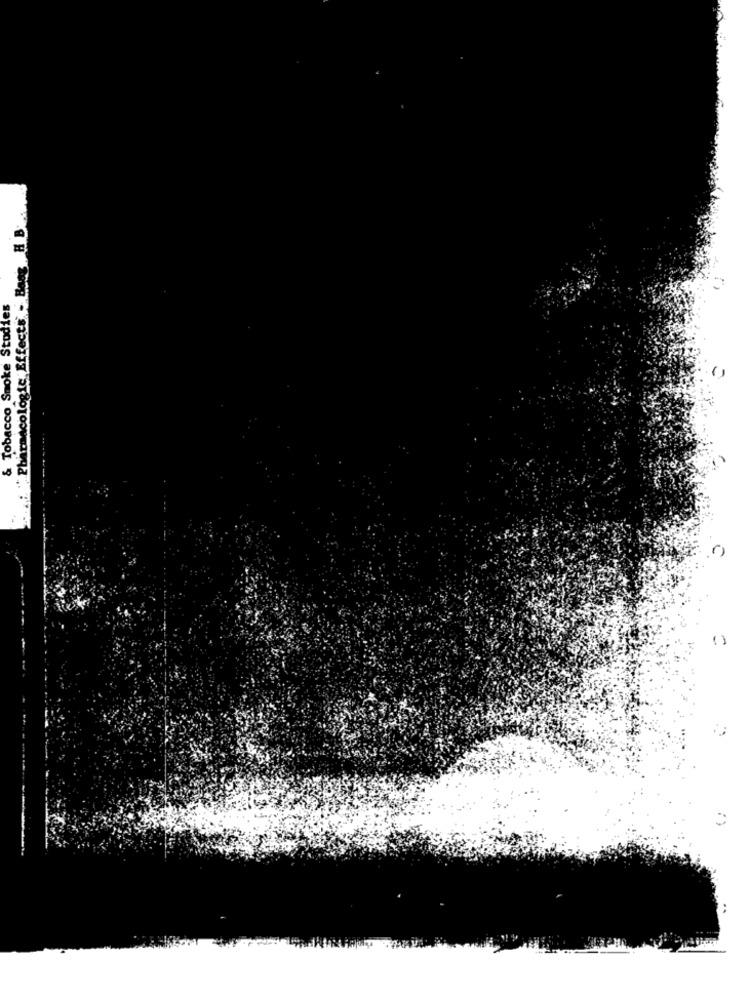
cologic Effects - Haag H B
& Tobacco Smoke Studies
Phat
( )